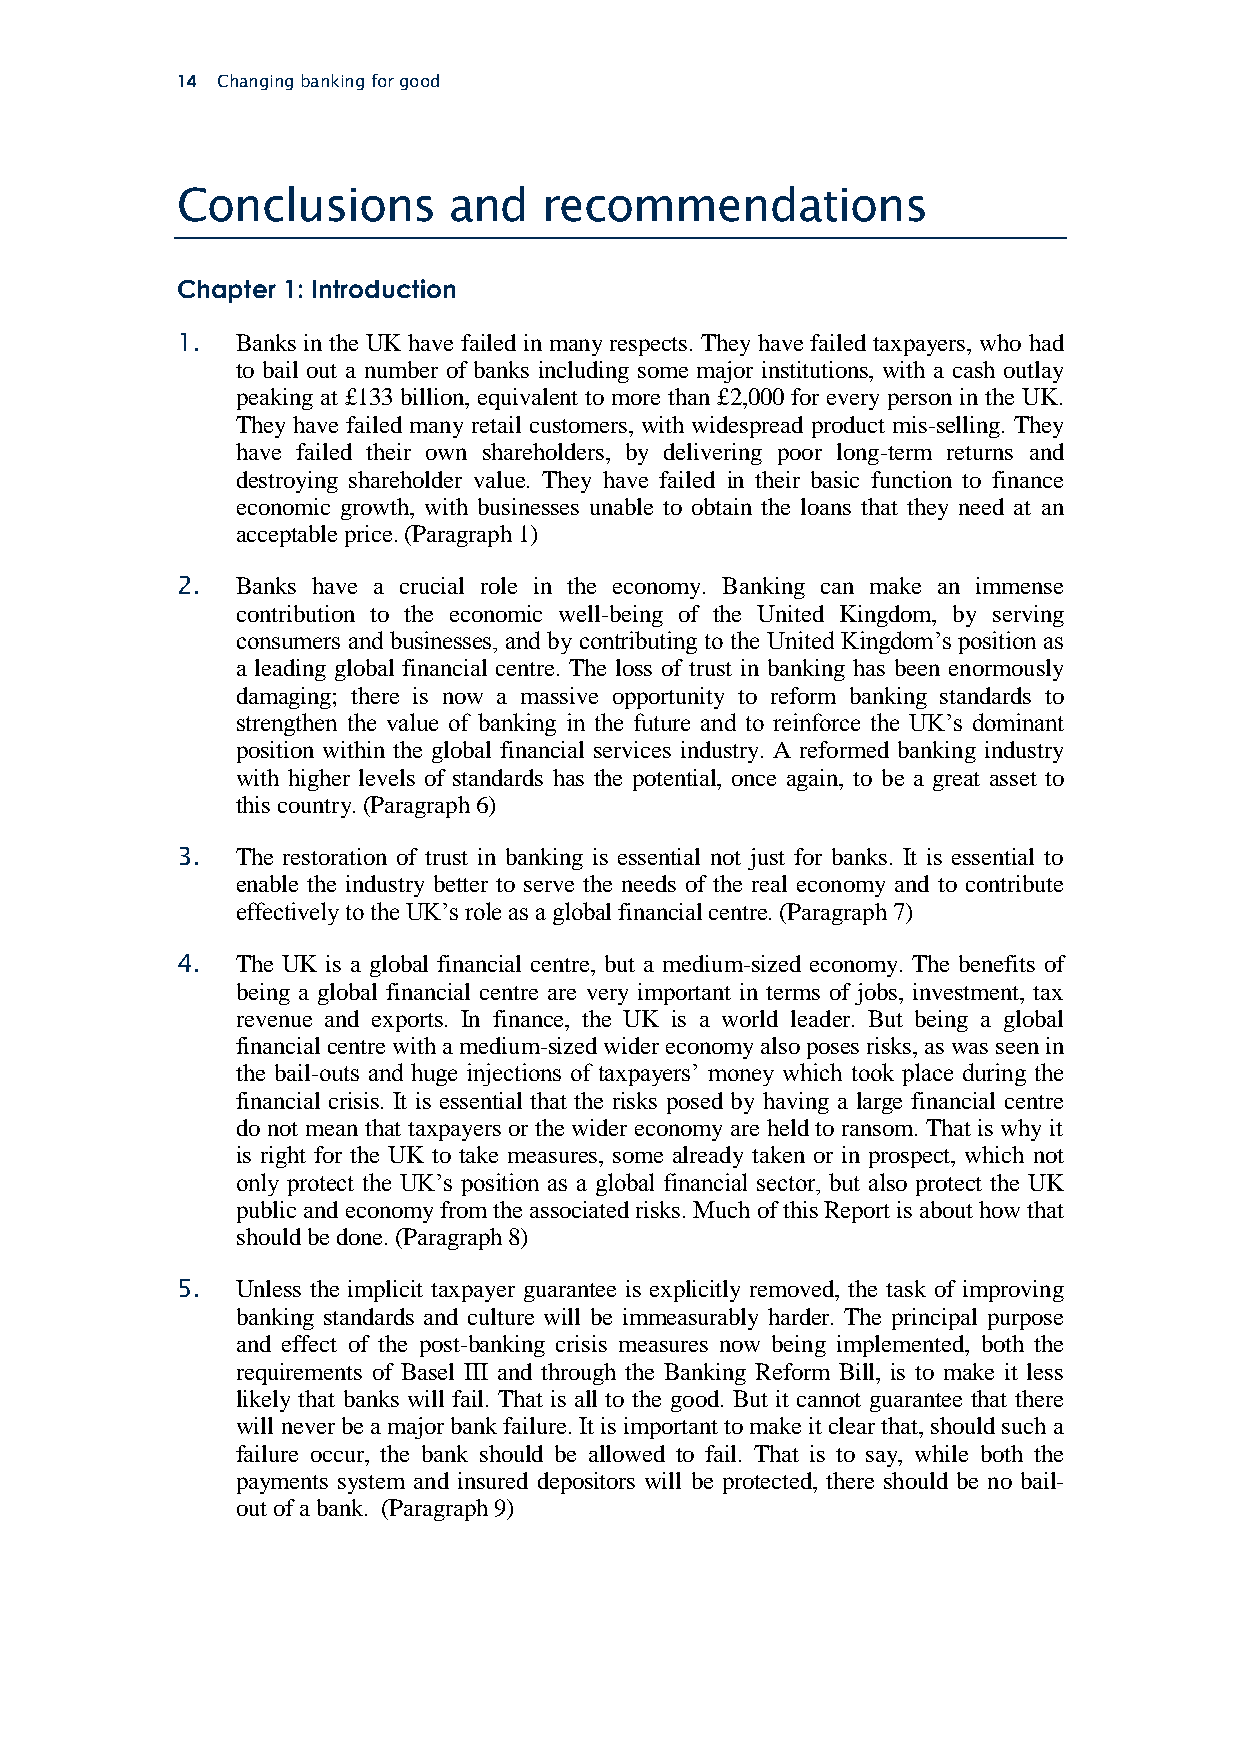
14 Changing banking for good
 Conclusions       and   recommendations
 Chapter 1: Introduction
 1.  Banks in the UK have failed in many respects. They have failed taxpayers, who had
 to bail out a number of banks including some major institutions, with a cash outlay
 peaking at £133 billion, equivalent to more than £2,000 for every person in the UK.
 They have failed many retail customers, with widespread product mis-selling. They
 have failed their own shareholders, by delivering poor long-term returns and
 destroying shareholder value. They have failed in their basic function to finance
 economic growth, with businesses unable to obtain the loans that they need at an
 acceptable price. (Paragraph 1)
 2.  Banks have a crucial role in the economy. Banking can make an immense
 contribution to the economic well-being of the United Kingdom, by serving
 consumers and businesses, and by contributing to the United Kingdom’s position as
 a leading global financial centre. The loss of trust in banking has been enormously
 damaging; there is now a massive opportunity to reform banking standards to
 strengthen the value of banking in the future and to reinforce the UK’s dominant
 position within the global financial services industry. A reformed banking industry
 with higher levels of standards has the potential, once again, to be a great asset to
 this country. (Paragraph 6)
 3.  The restoration of trust in banking is essential not just for banks. It is essential to
 enable the industry better to serve the needs of the real economy and to contribute
 effectively to the UK’s role as a global financial centre. (Paragraph 7)
 4.  The UK is a global financial centre, but a medium-sized economy. The benefits of
 being a global financial centre are very important in terms of jobs, investment, tax
 revenue and exports. In finance, the UK is a world leader. But being a global
 financial centre with a medium-sized wider economy also poses risks, as was seen in
 the bail-outs and huge injections of taxpayers’ money which took place during the
 financial crisis. It is essential that the risks posed by having a large financial centre
 do not mean that taxpayers or the wider economy are held to ransom. That is why it
 is right for the UK to take measures, some already taken or in prospect, which not
 only protect the UK’s position as a global financial sector, but also protect the UK
 public and economy from the associated risks. Much of this Report is about how that
 should be done. (Paragraph 8)
 5.  Unless the implicit taxpayer guarantee is explicitly removed, the task of improving
 banking standards and culture will be immeasurably harder. The principal purpose
 and effect of the post-banking crisis measures now being implemented, both the
 requirements of Basel III and through the Banking Reform Bill, is to make it less
 likely that banks will fail. That is all to the good. But it cannot guarantee that there
 will never be a major bank failure. It is important to make it clear that, should such a
 failure occur, the bank should be allowed to fail. That is to say, while both the
 payments system and insured depositors will be protected, there should be no bail-
 out of a bank. (Paragraph 9)